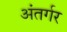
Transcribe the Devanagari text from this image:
अंतर्गर